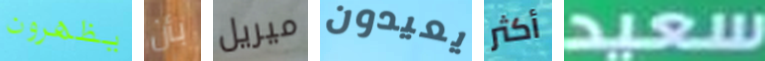
يظهرون بأن ميريل يعيدون أكثر سعيد